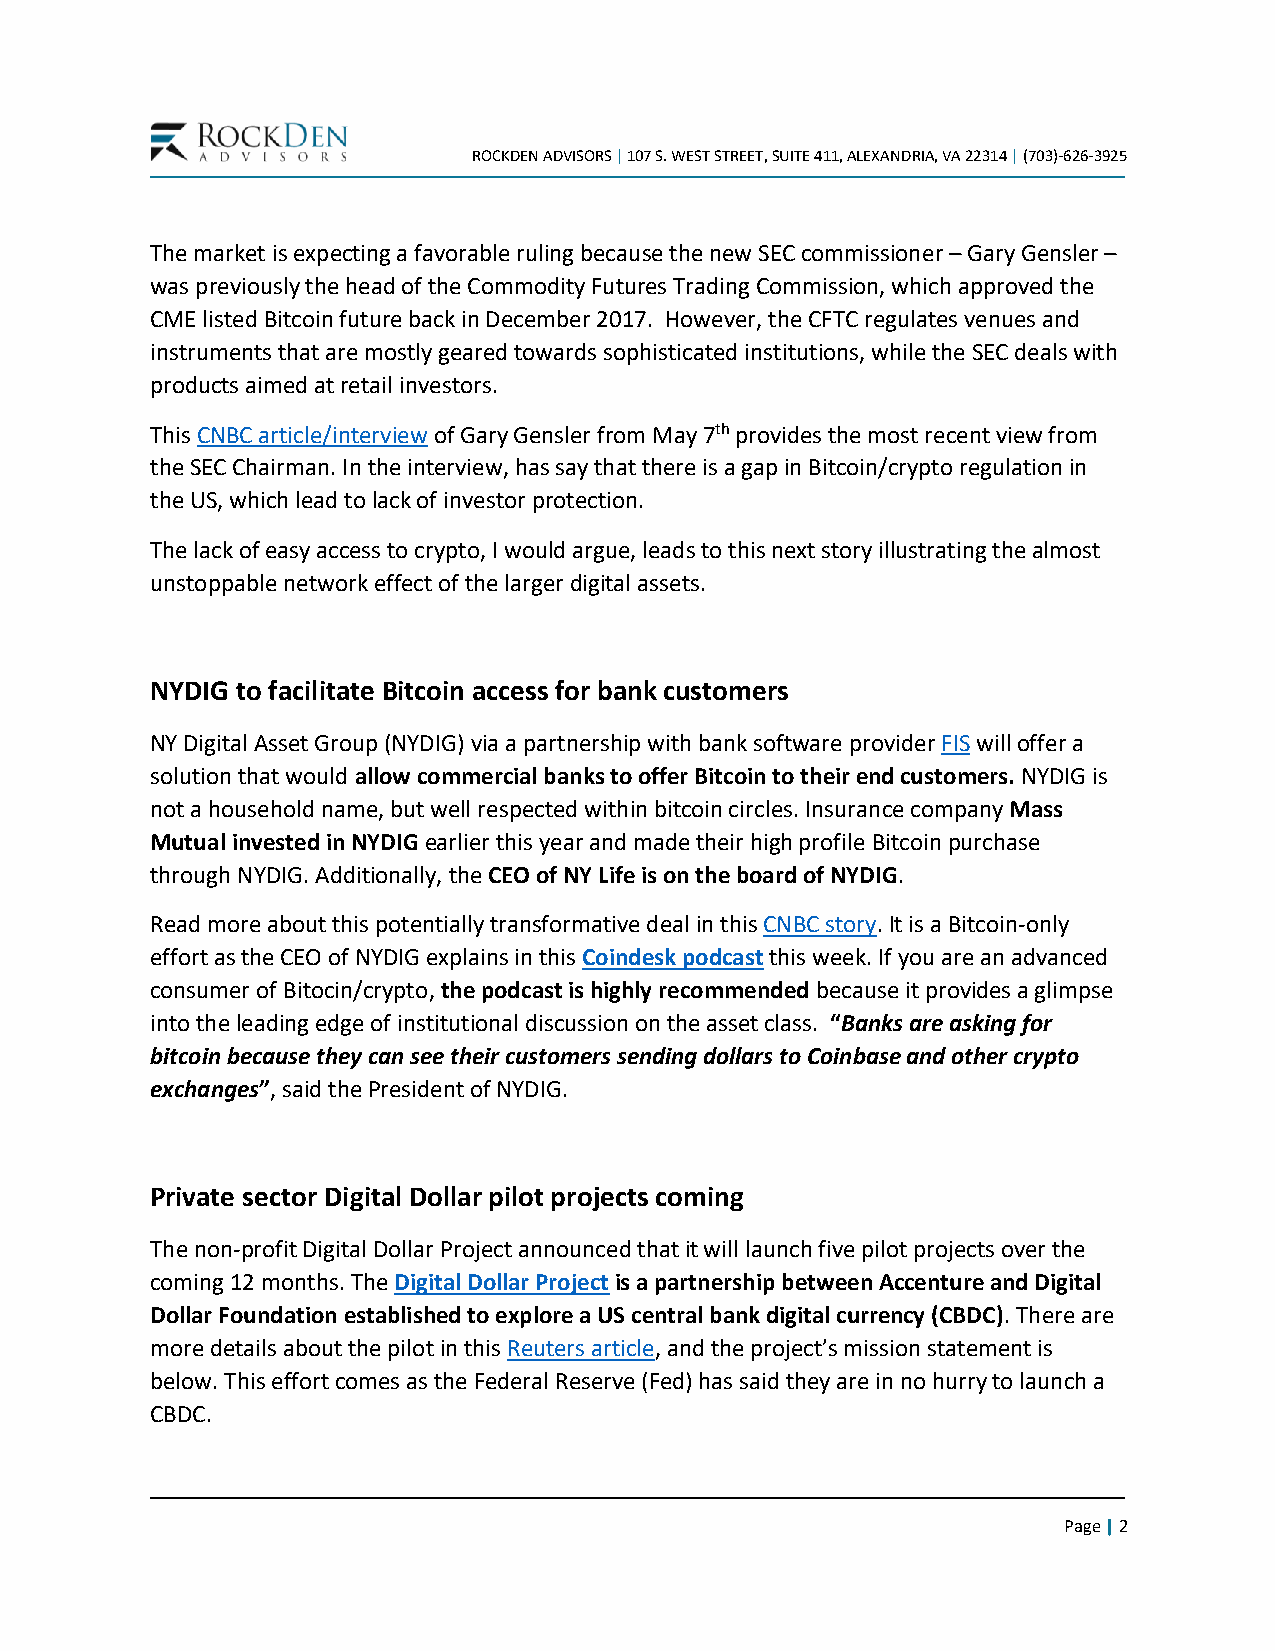
ROCKDEN ADVISORS | 107 S. WEST STREET, SUITE 411, ALEXANDRIA, VA 22314 | (703)-626-3925
 The market is expecting a favorable ruling because the new SEC commissioner – Gary Gensler –
 was previously the head of the Commodity Futures Trading Commission, which approved the
 CME listed Bitcoin future back in December 2017. However, the CFTC regulates venues and
 instruments that are mostly geared towards sophisticated institutions, while the SEC deals with
 products aimed at retail investors.
 This CNBC article/interview of Gary Gensler from May 7th provides the most recent view from
 the SEC Chairman. In the interview, has say that there is a gap in Bitcoin/crypto regulation in
 the US, which lead to lack of investor protection.
 The lack of easy access to crypto, I would argue, leads to this next story illustrating the almost
 unstoppable network effect of the larger digital assets.
 NYDIG to facilitate Bitcoin access for bank customers
 NY Digital Asset Group (NYDIG) via a partnership with bank software provider FIS will offer a
 solution that would allow commercial banks to offer Bitcoin to their end customers. NYDIG is
 not a household name, but well respected within bitcoin circles. Insurance company Mass
 Mutual invested in NYDIG earlier this year and made their high profile Bitcoin purchase
 through NYDIG. Additionally, the CEO of NY Life is on the board of NYDIG.
 Read more about this potentially transformative deal in this CNBC story. It is a Bitcoin-only
 effort as the CEO of NYDIG explains in this Coindesk podcast this week. If you are an advanced
 consumer of Bitocin/crypto, the podcast is highly recommended because it provides a glimpse
 into the leading edge of institutional discussion on the asset class. “Banks are asking for
 bitcoin because they can see their customers sending dollars to Coinbase and other crypto
 exchanges”, said the President of NYDIG.
 Private sector Digital Dollar pilot projects coming
 The non-profit Digital Dollar Project announced that it will launch five pilot projects over the
 coming 12 months. The Digital Dollar Project is a partnership between Accenture and Digital
 Dollar Foundation established to explore a US central bank digital currency (CBDC). There are
 more details about the pilot in this Reuters article, and the project’s mission statement is
 below. This effort comes as the Federal Reserve (Fed) has said they are in no hurry to launch a
 CBDC.
 Page | 2